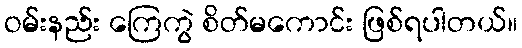
ဝမ်းနည်း ကြေကွဲ စိတ်မကောင်း ဖြစ်ရပါတယ်။